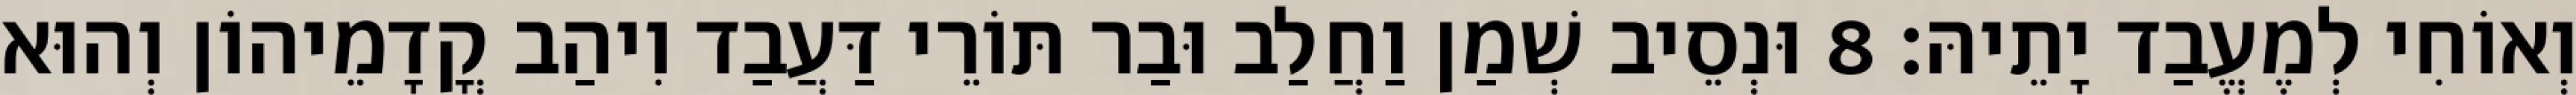
וְאוֹחִי לְמֶעֱבַד יָתֵיהּ׃ 8 וּנְסֵיב שְׁמַן וַחֲלַב וּבַר תּוֹרֵי דַּעֲבַד וִיהַב קֳדָמֵיהוֹן וְהוּא